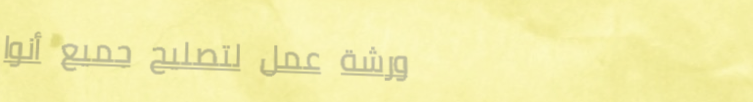
ورشة عمل لتصليح جميع أنوا